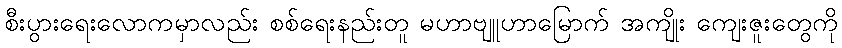
စီးပွားရေးလောကမှာလည်း စစ်ရေးနည်းတူ မဟာဗျူဟာမြောက် အကျိုး ကျေးဇူးတွေကို